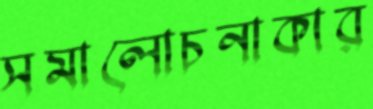
সমালোচনাকার